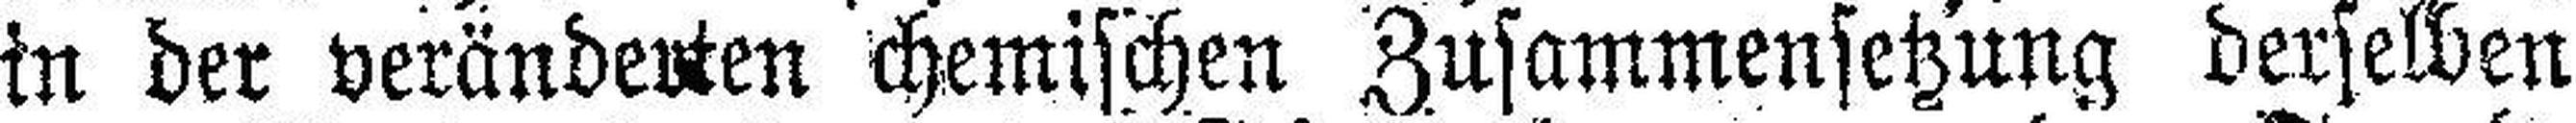
in der veränderten chemischen Zusammensetzung derselben